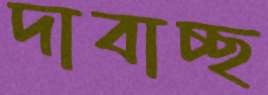
দাবাচ্ছ